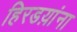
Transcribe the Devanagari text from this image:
हिरडय़ांना